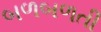
બળબળતી